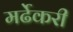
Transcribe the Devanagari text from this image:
मर्ढेकरी